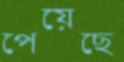
পেয়েছে